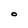
Character: O